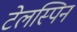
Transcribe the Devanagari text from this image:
टेलस्पिन